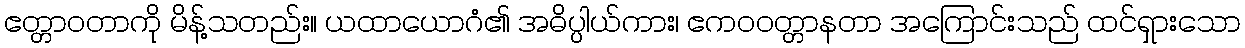
ဧတ္တာဝတာကို မိန့်သတည်း။ ယထာယောဂံ၏ အဓိပ္ပါယ်ကား၊ ဧကဝဝတ္တာနတာ အကြောင်းသည် ထင်ရှားသော